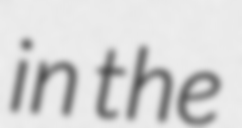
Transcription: in the